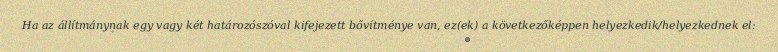
Ha az állítmánynak egy vagy két határozószóval kifejezett bővítménye van, ez(ek) a következőképpen helyezkedik/helyezkednek el: